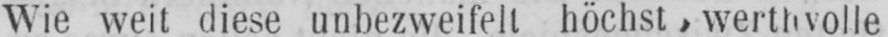
Wie weit diese unbezweifelt höchst werthvolle